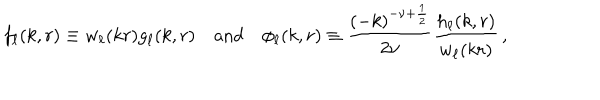
f _ { \ell } ( k , r ) \equiv w _ { \ell } ( k r ) g _ { \ell } ( k , r ) \quad \mathrm { a n d } \quad \phi _ { \ell } ( k , r ) \equiv \frac { ( - k ) ^ { - \nu + \frac { 1 } { 2 } } } { 2 \nu } \frac { h _ { \ell } ( k , r ) } { w _ { \ell } ( k r ) } \, ,